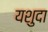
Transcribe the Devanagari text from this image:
यशुदा